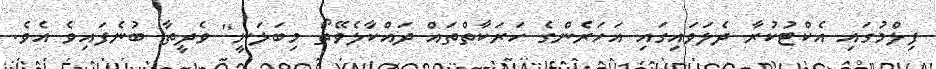
ފިލްމުގައި އެކްޓުކުރާ ދެލަވައިގައި އަހަރެންގެ ހަރަކާތްތައް ދައްކާލެވޭތޯ މިބަލަނީ'' ވެދީތާ ބުނެފައިވެ އެވެ.